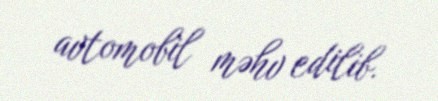
avtomobil məhv edilib.